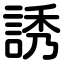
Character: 誘